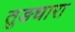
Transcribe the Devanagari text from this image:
तुङधारा